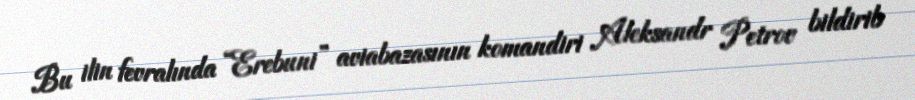
Bu ilin fevralında “Erebuni” aviabazasının komandiri Aleksandr Petrov bildirib